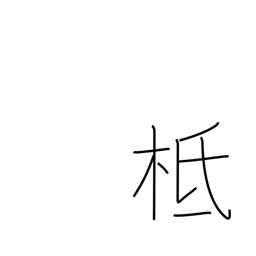
Meaning: founded on